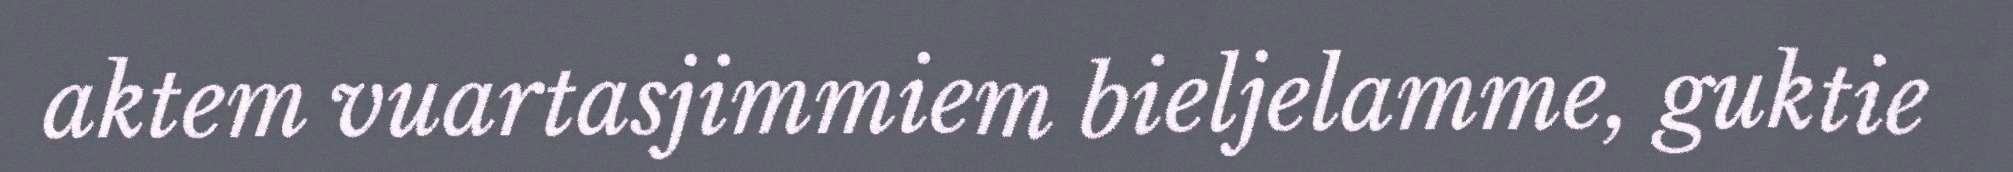
aktem vuartasjimmiem bieljelamme, guktie